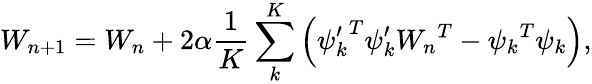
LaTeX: W_{n+1}={W_{n}}+2\alpha\frac{1}{K}\sum_{k}^{K}\left({\psi_{k}^{\prime}}^{T}{\psi_{k}^{\prime}}{W_{n}}^{T}-{\psi_{k}}^{T}{\psi_{k}}\right),